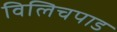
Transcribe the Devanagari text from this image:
विलिचपाड